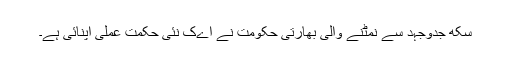
سکھ جدوجہد سے نمٹنے والی بھارتی حکومت نے اےک نئی حکمت عملی اپنائی ہے۔